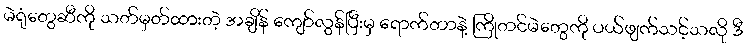
မဲရုံတွေဆီကို သတ်မှတ်ထားတဲ့ အချိန် ကျော်လွန်ပြီးမှ ရောက်တာနဲ့ ကြိုတင်မဲတွေကို ပယ်ဖျက်သင့်သလို ဒီ